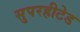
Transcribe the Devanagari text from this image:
सुपरहीटेड